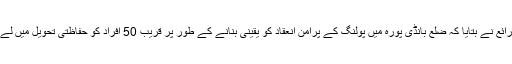
سرکاری ذرائع نے بتایا کہ ضلع بانڈی پورہ میں پولنگ کے پرامن انعقاد کو یقینی بنانے کے طور پر قریب 50 افراد کو حفاظتی تحویل میں لے لیا گیا ہے۔